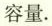
容量.